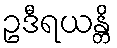
ဥဒီရယန္တိ